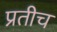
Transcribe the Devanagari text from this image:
प्रतीच